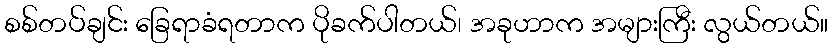
စစ်တပ်ချင်း ခြေရာခံရတာက ပိုခက်ပါတယ်၊ အခုဟာက အများကြီး လွယ်တယ်။